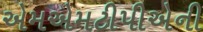
એમએમટીપીએની